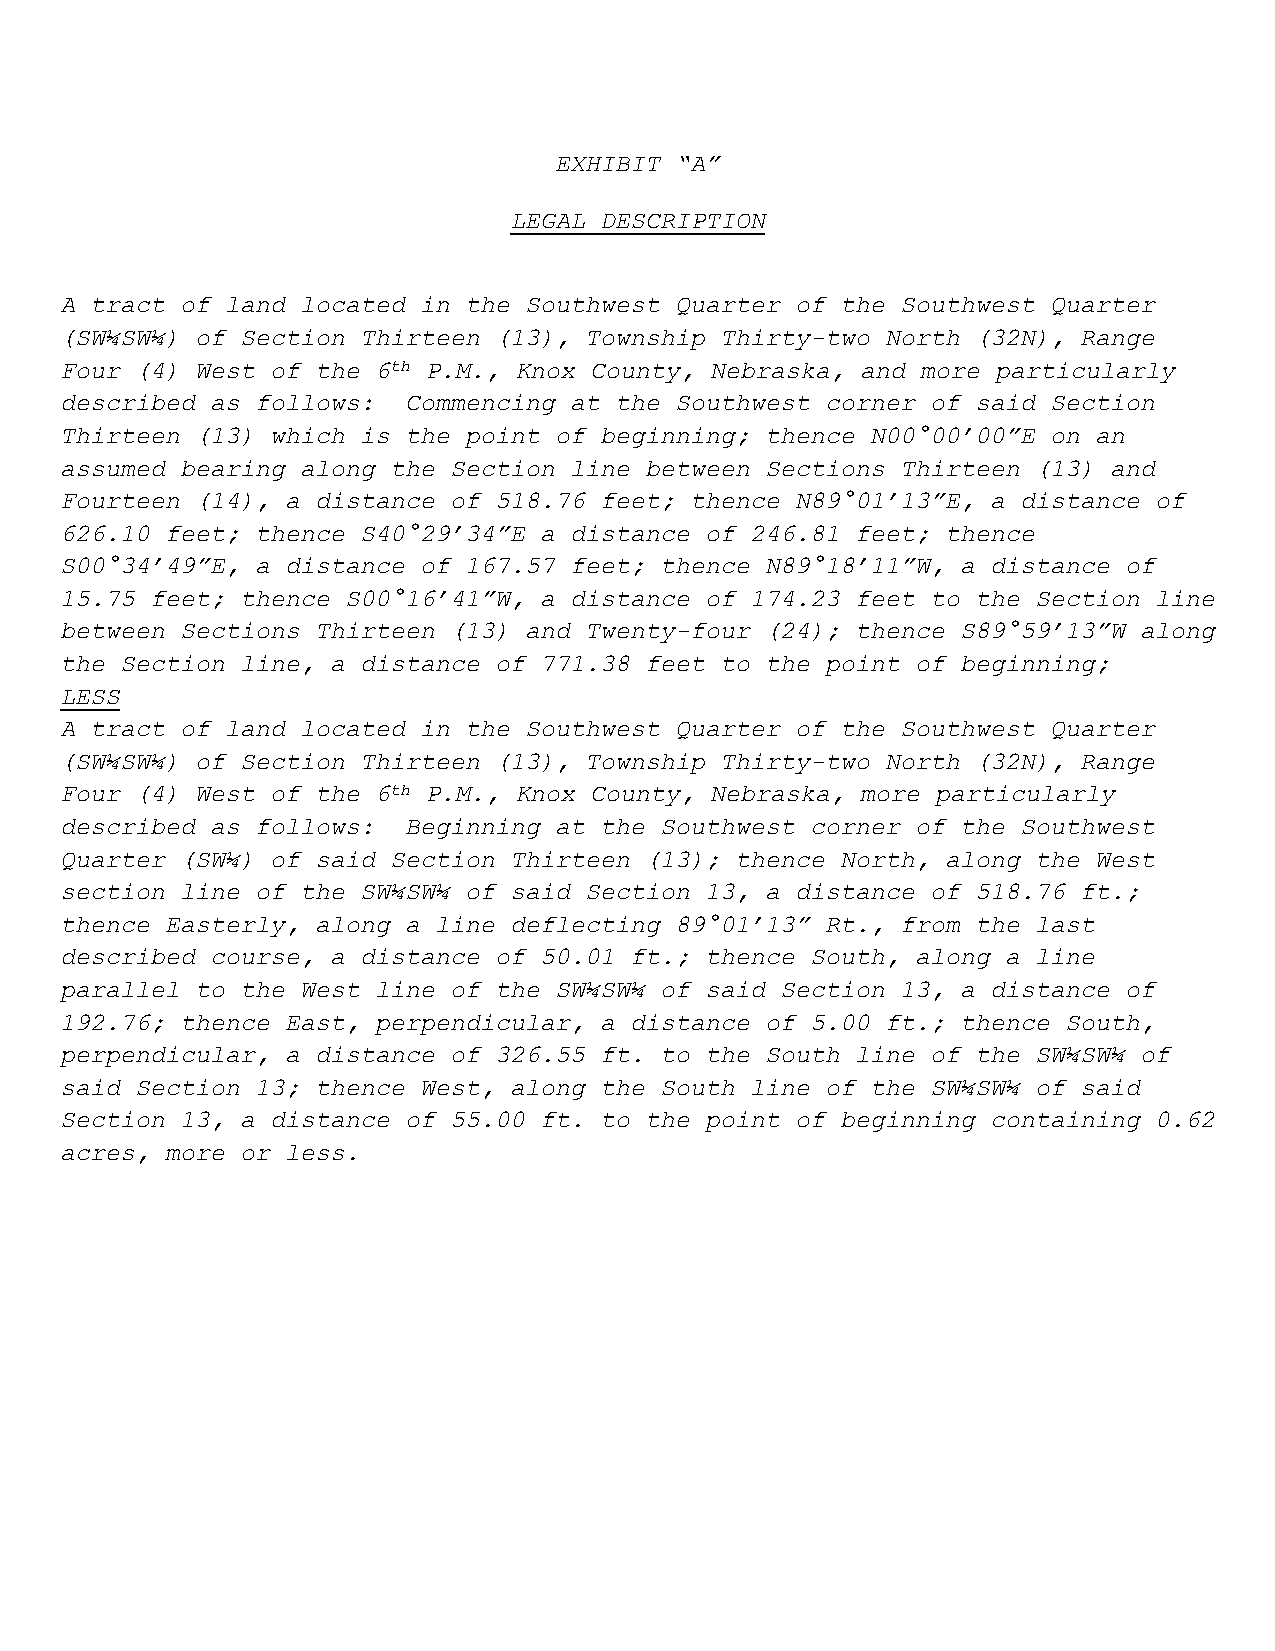
EXHIBIT “A”
 LEGAL DESCRIPTION
 A tract of land located in the Southwest Quarter of the Southwest Quarter
 (SW¼SW¼) of Section Thirteen (13), Township Thirty-two North (32N), Range
 Four (4) West of the 6th P.M., Knox County, Nebraska, and more particularly
 described as follows:  Commencing at the Southwest corner of said Section
 Thirteen (13) which is the point of beginning; thence N00°00’00”E on an
 assumed bearing along the Section line between Sections Thirteen (13) and
 Fourteen (14), a distance of 518.76 feet; thence N89°01’13”E, a distance of
 626.10 feet; thence S40°29’34”E a distance of 246.81 feet; thence
 S00°34’49”E, a distance of 167.57 feet; thence N89°18’11”W, a distance of
 15.75 feet; thence S00°16’41”W, a distance of 174.23 feet to the Section line
 between Sections Thirteen (13) and Twenty-four (24); thence S89°59’13”W along
 the Section line, a distance of 771.38 feet to the point of beginning;
 LESS
 A tract of land located in the Southwest Quarter of the Southwest Quarter
 (SW¼SW¼) of Section Thirteen (13), Township Thirty-two North (32N), Range
 Four (4) West of the 6th P.M., Knox County, Nebraska, more particularly
 described as follows:  Beginning at the Southwest corner of the Southwest
 Quarter (SW¼) of said Section Thirteen (13); thence North, along the West
 section line of the SW¼SW¼ of said Section 13, a distance of 518.76 ft.;
 thence Easterly, along a line deflecting 89°01’13” Rt., from the last
 described course, a distance of 50.01 ft.; thence South, along a line
 parallel to the West line of the SW¼SW¼ of said Section 13, a distance of
 192.76; thence East, perpendicular, a distance of 5.00 ft.; thence South,
 perpendicular, a distance of 326.55 ft. to the South line of the SW¼SW¼ of
 said Section 13; thence West, along the South line of the SW¼SW¼ of said
 Section 13, a distance of 55.00 ft. to the point of beginning containing 0.62
 acres, more or less.